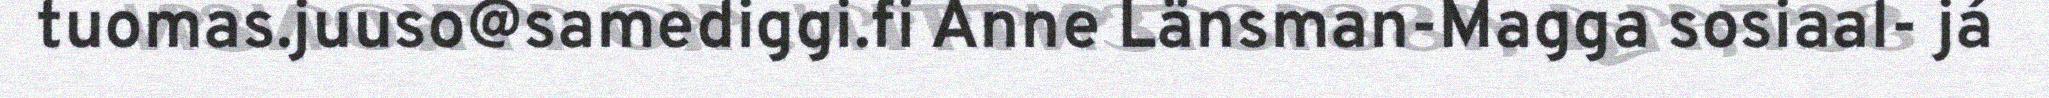
tuomas.juuso@samediggi.fi Anne Länsman-Magga sosiaal- já